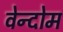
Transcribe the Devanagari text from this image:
वेन्दोम